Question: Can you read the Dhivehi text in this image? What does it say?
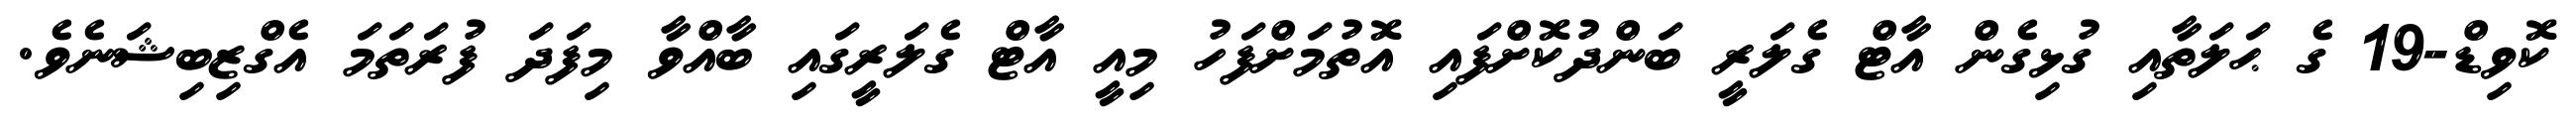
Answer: ކޮވިޑް-19 ގެ ޙަލަތާއި ގުޅިގެން އާޓް ގެލަރީ ބަންދުކޮށްފައި އޮތުމަށްފަހު މިއީ އާޓް ގެލަރީގައި ބާއްވާ މިފަދަ ފުރަތަމަ އެގްޒިބިޝަނެވެ.